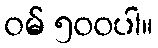
ဝမ် ၅၀၀ပါ။